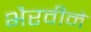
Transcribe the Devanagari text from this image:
भैरवीने